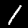
Label: 1